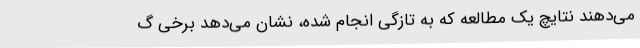
می‌دهند نتایچ یک مطالعه که به تازگی انجام شده، نشان می‌دهد برخی گ